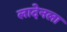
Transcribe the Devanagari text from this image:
लादेनला